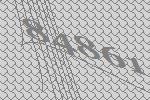
84861